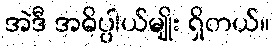
အဲဒီ အဓိပ္ပါယ်မျိုး ရှိတယ်။